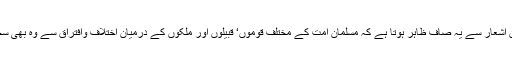
علامہ محمد اقبالؒ کے ان اشعار سے یہ صاف ظاہر ہوتا ہے کہ مسلمان امت کے مختلف قوموں‘ قبیلوں اور ملکوں کے درمیان اختلاف وافتراق سے وہ بھی سخت نالاں وپریشان تھے۔